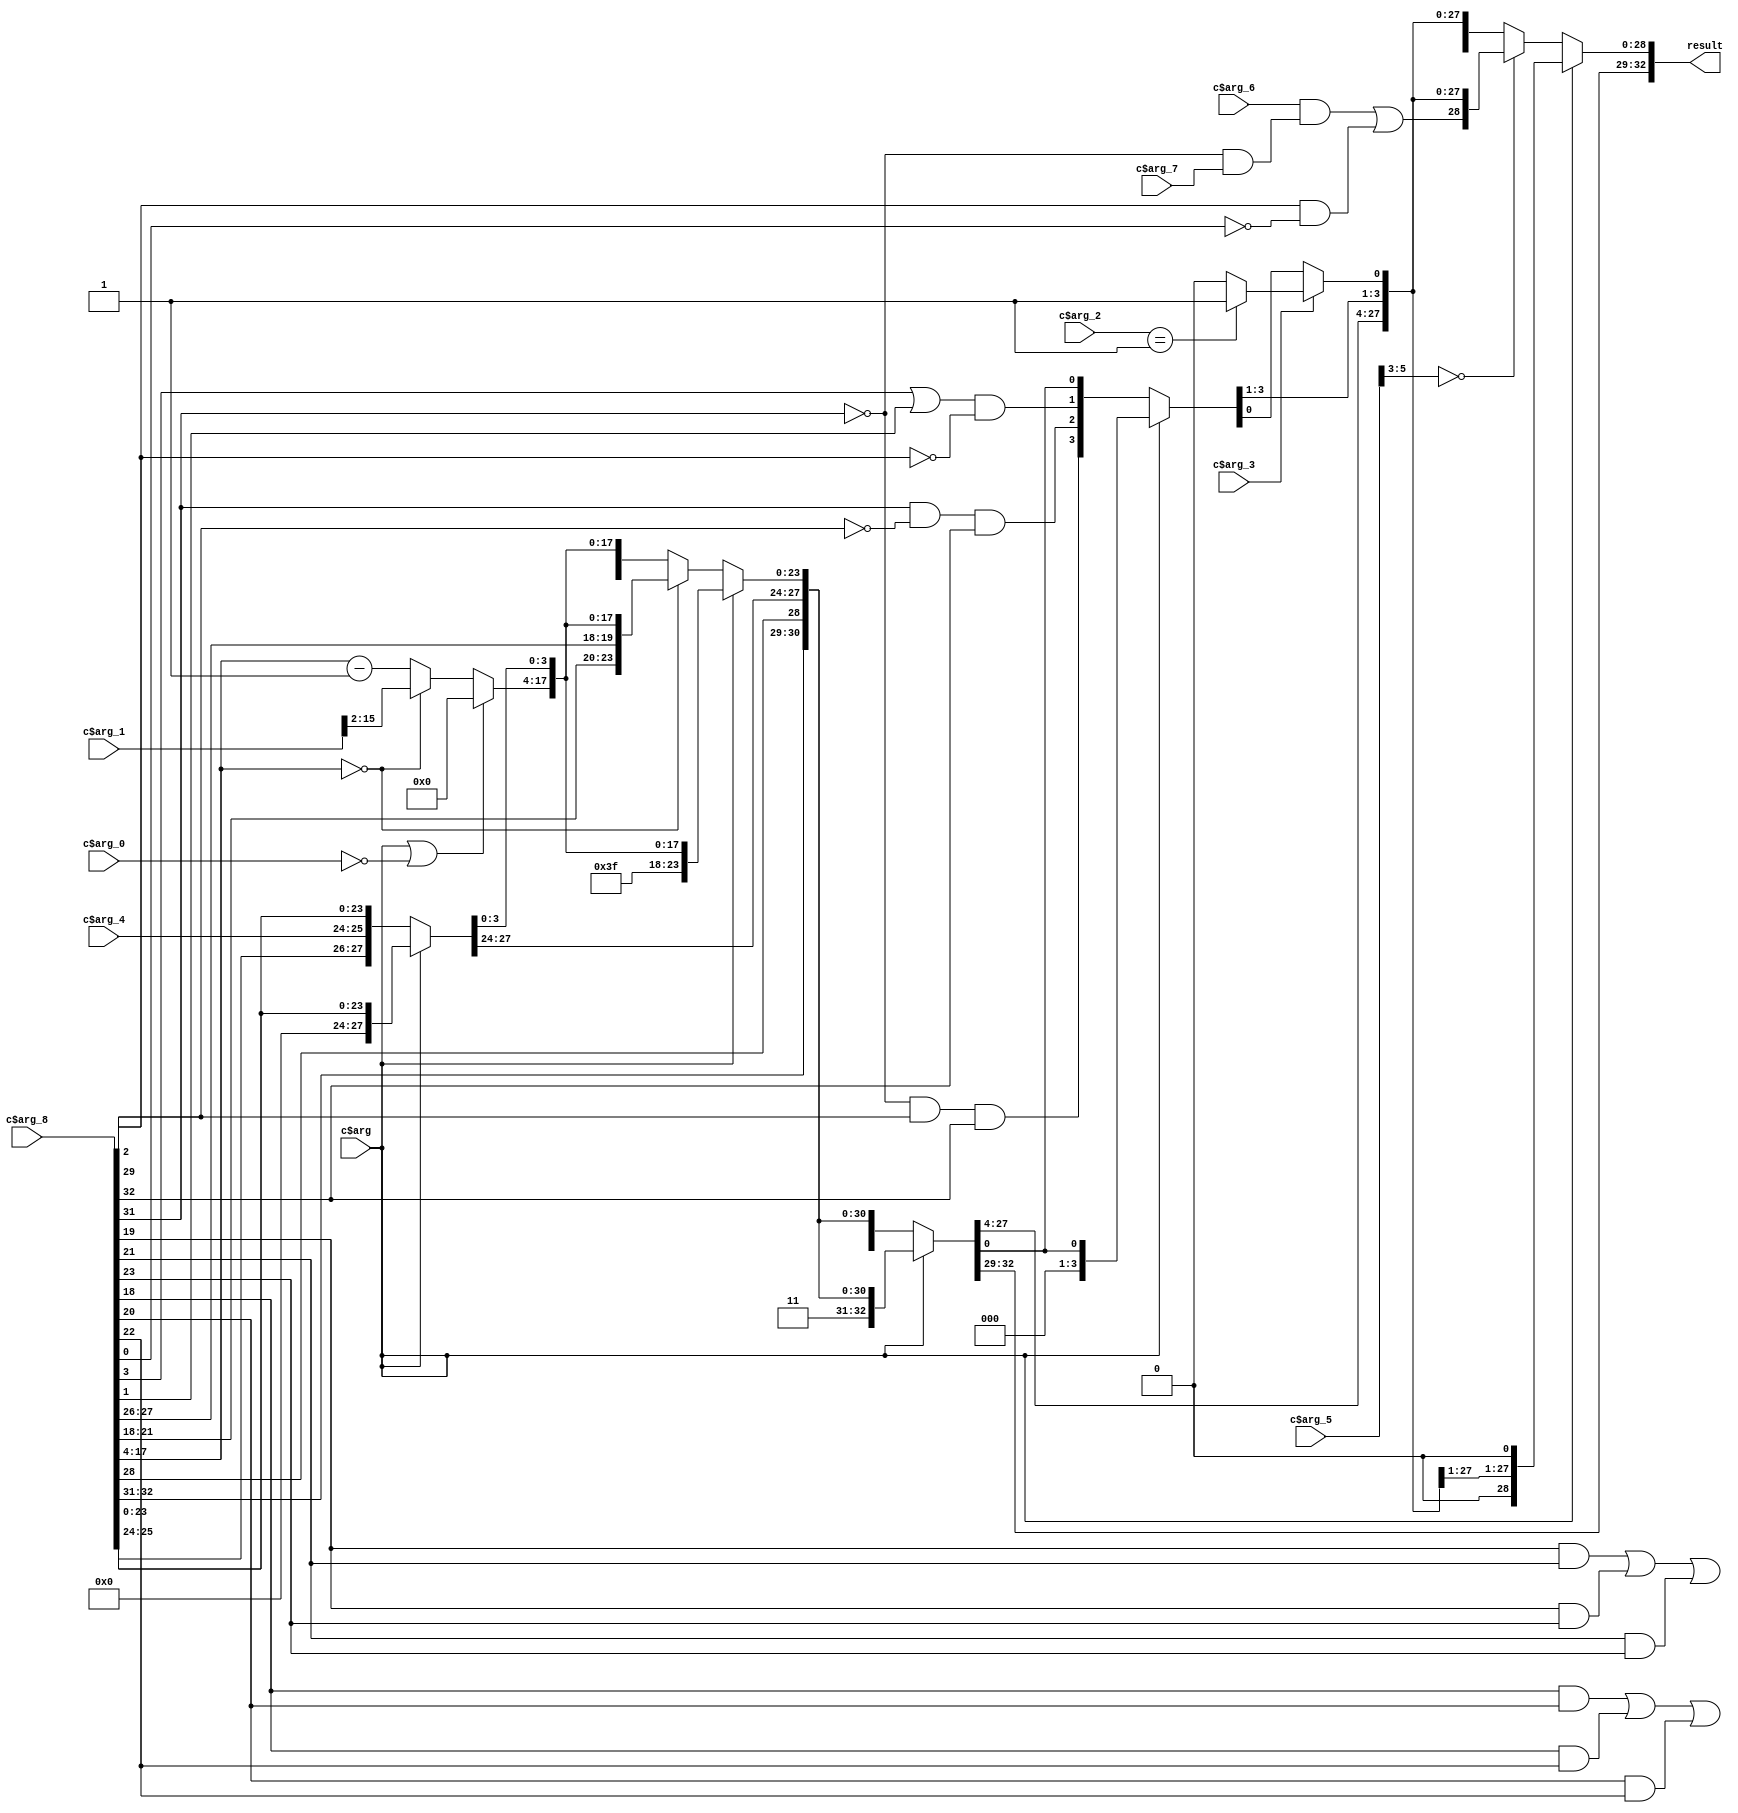
/* AUTOMATICALLY GENERATED VERILOG-2001 SOURCE CODE.
** GENERATED BY CLASH 1.6.3. DO NOT MODIFY.
*/
`timescale 100fs/100fs
module Hdmi_I2C_BitMaster_bitMaster_busStatusCtrl
    ( // Inputs
      input  c$arg
    , input  c$arg_0
    , input [15:0] c$arg_1
    , input [2:0] c$arg_2
    , input  c$arg_3
    , input [1:0] c$arg_4
    , input [5:0] c$arg_5
    , input  c$arg_6
    , input  c$arg_7
    , input [32:0] c$arg_8

      // Outputs
    , output wire [32:0] result
    );
  reg [32:0] result_0;
  wire [32:0] c$app_arg;
  wire  c$app_arg_0;
  wire [32:0] c$$j_app_arg;
  reg  c$$j_app_arg_0;
  wire  masterHighBusLow;
  wire  x10;
  wire  x9;
  wire  x8;
  wire  x7;
  wire [13:0] x6;
  wire [5:0] x5;
  wire [3:0] x4;
  wire [1:0] x2;
  wire [1:0] x1;
  wire [32:0] result_1;
  wire  x10_0;
  wire [13:0] x6_0;
  wire [5:0] x5_0;
  wire [3:0] x4_0;
  wire  x3;
  wire [1:0] x2_0;
  wire [1:0] x1_0;
  wire  c$app_arg_1;
  wire  sSCL;
  wire  dSDA;
  wire [32:0] c$busStatusCtrl1_$j_$j1_$j2Out_app_arg;
  wire  x10_1;
  wire  x9_0;
  wire  x8_0;
  wire  x7_0;
  wire [13:0] x6_1;
  wire [5:0] x5_1;
  wire [3:0] x4_1;
  wire  x3_0;
  wire  c$busStatusCtrl1_$j_$j1_$j2Out_app_arg_0;
  wire  c$busStatusCtrl1_$j_$j1_$j2Out_app_arg_1;
  wire  c$busStatusCtrl1_$j_$j1_$j2Out_app_arg_2;
  wire [2:0] f;
  wire  c$busStatusCtrl1_$j_$j1_$j2Out_app_arg_3;
  wire  c$busStatusCtrl1_$j_$j1_$j2Out_app_arg_4;
  wire  c$busStatusCtrl1_$j_$j1_$j2Out_app_arg_5;
  wire [2:0] f_0;
  reg [13:0] c$karg1_case_alt;
  reg [32:0] c$busStatusCtrl1_$j_$j1Out_case_alt;
  wire [32:0] c$busStatusCtrl1_$j_$j1Out_app_arg;
  wire [1:0] x1_1;
  wire [1:0] x2_1;
  wire  x3_1;
  wire [3:0] x4_2;
  wire [5:0] x5_2;
  wire  x7_1;
  wire  x8_1;
  wire  x9_1;
  wire  x10_2;
  wire [13:0] karg1;
  wire  sSDA;
  wire [32:0] c$busStatusCtrl1_$jOut_app_arg;
  wire [5:0] c$vec;
  wire [5:0] c$vec_0;
  wire [13:0] c$karg1_case_alt_selection_1;
  wire [15:0] c$bv;
  wire [13:0] c$busStatusCtrl1_$j_$j1Out_case_alt_selection_1;
  wire [3:0] c$vec_1;
  wire [7:0] c$busStatusCtrl1_$j_$j1Out_case_alt_sel_alt_0;
  wire [5:0] c$busStatusCtrl1_$jOut_app_arg_sel_alt_f_3;

  assign result = c$arg ? {x1,   x2,   1'b0,
                           x4,   x5,   x6,   x7,   x8,   x9,
                           1'b0} : result_0;

  always @(*) begin
    case(c$arg_5[5:3])
      3'b000 : result_0 = c$app_arg;
      3'b001 : result_0 = c$$j_app_arg;
      3'b010 : result_0 = c$$j_app_arg;
      3'b011 : result_0 = c$$j_app_arg;
      default : result_0 = c$$j_app_arg;
    endcase
  end

  assign c$app_arg = c$arg_3 ? {x1,   x2,
                                c$app_arg_0,   x4,   x5,   x6,   x7,   x8,
                                x9,   c$$j_app_arg_0} : {x1,   x2,
                                                         c$app_arg_0,   x4,   x5,   x6,   x7,   x8,
                                                         x9,   x10};

  assign c$app_arg_0 = masterHighBusLow | (c$arg_8[2:2] & (~ c$arg_8[0:0]));

  assign c$$j_app_arg = c$arg_3 ? {x1,   x2,
                                   masterHighBusLow,   x4,   x5,   x6,   x7,
                                   x8,   x9,   c$$j_app_arg_0} : {x1,   x2,
                                                                  masterHighBusLow,   x4,   x5,   x6,   x7,
                                                                  x8,   x9,   x10};

  always @(*) begin
    case(c$arg_2)
      3'b001 : c$$j_app_arg_0 = 1'b1;
      default : c$$j_app_arg_0 = 1'b0;
    endcase
  end

  assign masterHighBusLow = c$arg_6 & ((sSDA == (1'b0)) & c$arg_7);

  assign x10 = result_1[0:0];

  assign x9 = result_1[1:1];

  assign x8 = result_1[2:2];

  assign x7 = result_1[3:3];

  assign x6 = result_1[17:4];

  assign x5 = result_1[23:18];

  assign x4 = result_1[27:24];

  assign x2 = result_1[30:29];

  assign x1 = result_1[32:31];

  assign result_1 = c$arg ? {x1_0,   x2_0,   x3,
                             x4_0,   x5_0,   x6_0,   1'b0,   1'b0,   1'b0,
                             x10_0} : {x1_0,   x2_0,   x3,   x4_0,   x5_0,
                                       x6_0,
                                       ((sSDA == (1'b0)) & (dSDA == (1'b1))) & c$app_arg_1,
                                       ((sSDA == (1'b1)) & (dSDA == (1'b0))) & c$app_arg_1,
                                       (c$arg_8[3:3] | c$arg_8[1:1]) & (~ c$arg_8[2:2]),
                                       x10_0};

  assign x10_0 = c$busStatusCtrl1_$j_$j1_$j2Out_app_arg[0:0];

  assign x6_0 = c$busStatusCtrl1_$j_$j1_$j2Out_app_arg[17:4];

  assign x5_0 = c$busStatusCtrl1_$j_$j1_$j2Out_app_arg[23:18];

  assign x4_0 = c$busStatusCtrl1_$j_$j1_$j2Out_app_arg[27:24];

  assign x3 = c$busStatusCtrl1_$j_$j1_$j2Out_app_arg[28:28];

  assign x2_0 = c$busStatusCtrl1_$j_$j1_$j2Out_app_arg[30:29];

  assign x1_0 = c$busStatusCtrl1_$j_$j1_$j2Out_app_arg[32:31];

  assign c$app_arg_1 = sSCL == (1'b1);

  assign sSCL = c$arg_8[32:32];

  assign dSDA = c$arg_8[29:29];

  assign c$busStatusCtrl1_$j_$j1_$j2Out_app_arg = c$arg ? {{1'b1,
                                                            1'b1},   c$arg_8[32:31],   x3_0,   x4_1,
                                                           x5_1,   x6_1,   x7_0,   x8_0,   x9_0,
                                                           x10_1} : {{((c$busStatusCtrl1_$j_$j1_$j2Out_app_arg_5 & c$busStatusCtrl1_$j_$j1_$j2Out_app_arg_4) | (c$busStatusCtrl1_$j_$j1_$j2Out_app_arg_5 & c$busStatusCtrl1_$j_$j1_$j2Out_app_arg_3)) | (c$busStatusCtrl1_$j_$j1_$j2Out_app_arg_4 & c$busStatusCtrl1_$j_$j1_$j2Out_app_arg_3),
                                                                      ((c$busStatusCtrl1_$j_$j1_$j2Out_app_arg_2 & c$busStatusCtrl1_$j_$j1_$j2Out_app_arg_1) | (c$busStatusCtrl1_$j_$j1_$j2Out_app_arg_2 & c$busStatusCtrl1_$j_$j1_$j2Out_app_arg_0)) | (c$busStatusCtrl1_$j_$j1_$j2Out_app_arg_1 & c$busStatusCtrl1_$j_$j1_$j2Out_app_arg_0)},
                                                                     c$arg_8[32:31],   x3_0,   x4_1,   x5_1,
                                                                     x6_1,   x7_0,   x8_0,   x9_0,   x10_1};

  assign x10_1 = c$busStatusCtrl1_$j_$j1Out_app_arg[0:0];

  assign x9_0 = c$busStatusCtrl1_$j_$j1Out_app_arg[1:1];

  assign x8_0 = c$busStatusCtrl1_$j_$j1Out_app_arg[2:2];

  assign x7_0 = c$busStatusCtrl1_$j_$j1Out_app_arg[3:3];

  assign x6_1 = c$busStatusCtrl1_$j_$j1Out_app_arg[17:4];

  assign x5_1 = c$busStatusCtrl1_$j_$j1Out_app_arg[23:18];

  assign x4_1 = c$busStatusCtrl1_$j_$j1Out_app_arg[27:24];

  assign x3_0 = c$busStatusCtrl1_$j_$j1Out_app_arg[28:28];

  assign c$busStatusCtrl1_$j_$j1_$j2Out_app_arg_0 = f[2:2];

  assign c$busStatusCtrl1_$j_$j1_$j2Out_app_arg_1 = f[1:1];

  assign c$busStatusCtrl1_$j_$j1_$j2Out_app_arg_2 = f[0:0];

  assign c$vec = c$arg_8[23:18];

  // map begin
  genvar i;
  generate
  for (i=0; i < 3; i = i + 1) begin : map
    wire [1:0] map_in;
    assign map_in = c$vec[i*2+:2];
    wire  map_out;
    assign map_out = map_in[0:0];


    assign f[i*1+:1] = map_out;
  end
  endgenerate
  // map end

  assign c$busStatusCtrl1_$j_$j1_$j2Out_app_arg_3 = f_0[2:2];

  assign c$busStatusCtrl1_$j_$j1_$j2Out_app_arg_4 = f_0[1:1];

  assign c$busStatusCtrl1_$j_$j1_$j2Out_app_arg_5 = f_0[0:0];

  assign c$vec_0 = c$arg_8[23:18];

  // map begin
  genvar i_0;
  generate
  for (i_0=0; i_0 < 3; i_0 = i_0 + 1) begin : map_0
    wire [1:0] map_in_0;
    assign map_in_0 = c$vec_0[i_0*2+:2];
    wire  map_out_0;
    assign map_out_0 = map_in_0[1:1];


    assign f_0[i_0*1+:1] = map_out_0;
  end
  endgenerate
  // map end

  assign c$karg1_case_alt_selection_1 = c$arg_8[17:4];

  assign c$bv = (c$arg_1 >> 64'sd2);

  always @(*) begin
    case(c$karg1_case_alt_selection_1)
      14'd0 : c$karg1_case_alt = c$bv[0+:14];
      default : c$karg1_case_alt = c$arg_8[17:4] - 14'd1;
    endcase
  end

  assign c$busStatusCtrl1_$j_$j1Out_case_alt_selection_1 = c$arg_8[17:4];

  assign c$vec_1 = c$arg_8[27:24];

  assign c$busStatusCtrl1_$j_$j1Out_case_alt_sel_alt_0 = ({c$arg_8[23:18],c$vec_1[4-1 -: 2]});

  always @(*) begin
    case(c$busStatusCtrl1_$j_$j1Out_case_alt_selection_1)
      14'd0 : c$busStatusCtrl1_$j_$j1Out_case_alt = {x1_1,
                                                     x2_1,   x3_1,   x4_2,
                                                     c$busStatusCtrl1_$j_$j1Out_case_alt_sel_alt_0[5:0],
                                                     karg1,   x7_1,   x8_1,   x9_1,   x10_2};
      default : c$busStatusCtrl1_$j_$j1Out_case_alt = {x1_1,
                                                       x2_1,   x3_1,   x4_2,   x5_2,   karg1,   x7_1,
                                                       x8_1,   x9_1,   x10_2};
    endcase
  end

  assign c$busStatusCtrl1_$j_$j1Out_app_arg = c$arg ? {x1_1,
                                                       x2_1,   x3_1,   x4_2,   {3 {{1'b1,   1'b1}}},
                                                       karg1,   x7_1,   x8_1,   x9_1,
                                                       x10_2} : c$busStatusCtrl1_$j_$j1Out_case_alt;

  assign x1_1 = c$busStatusCtrl1_$jOut_app_arg[32:31];

  assign x2_1 = c$busStatusCtrl1_$jOut_app_arg[30:29];

  assign x3_1 = c$busStatusCtrl1_$jOut_app_arg[28:28];

  assign x4_2 = c$busStatusCtrl1_$jOut_app_arg[27:24];

  assign x5_2 = c$busStatusCtrl1_$jOut_app_arg[23:18];

  assign x7_1 = c$busStatusCtrl1_$jOut_app_arg[3:3];

  assign x8_1 = c$busStatusCtrl1_$jOut_app_arg[2:2];

  assign x9_1 = c$busStatusCtrl1_$jOut_app_arg[1:1];

  assign x10_2 = c$busStatusCtrl1_$jOut_app_arg[0:0];

  assign karg1 = (c$arg | (~ c$arg_0)) ? 14'd0 : c$karg1_case_alt;

  assign sSDA = c$arg_8[31:31];

  assign c$busStatusCtrl1_$jOut_app_arg_sel_alt_f_3 = ({c$arg_8[27:24],c$arg_4});

  assign c$busStatusCtrl1_$jOut_app_arg = c$arg ? {c$arg_8[32:31],
                                                   c$arg_8[30:29],   c$arg_8[28:28],
                                                   {2 {{1'b0,   1'b0}}},   c$arg_8[23:18],
                                                   c$arg_8[17:4],   c$arg_8[3:3],   c$arg_8[2:2],
                                                   c$arg_8[1:1],
                                                   c$arg_8[0:0]} : {c$arg_8[32:31],
                                                                    c$arg_8[30:29],   c$arg_8[28:28],
                                                                    c$busStatusCtrl1_$jOut_app_arg_sel_alt_f_3[3:0],
                                                                    c$arg_8[23:18],   c$arg_8[17:4],
                                                                    c$arg_8[3:3],   c$arg_8[2:2],   c$arg_8[1:1],
                                                                    c$arg_8[0:0]};


endmodule